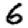
Digit: 6